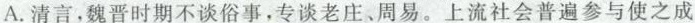
A.清言，魏晋时期不谈俗事，专谈老庄、周易。上流社会普遍参与使之成